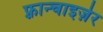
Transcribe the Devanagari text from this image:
फ़्रान्चाइज़ेर